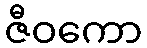
ဇီဝကော